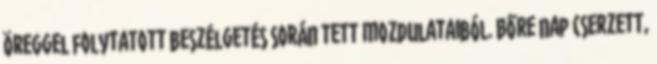
öreggel folytatott beszélgetés során tett mozdulataiból. Bőre nap cserzett,